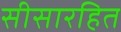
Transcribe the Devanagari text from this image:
सीसारहित